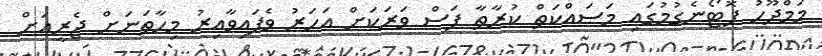
މަމްދޫހު ފޮޓޯނެގުމުގައި މަސައްކަތް ކުރާތާ ފަސް ވަރަކަށް އަހަރު ވެފައިވާއިރު މިހާތަނަށް ޖެރީއަށް